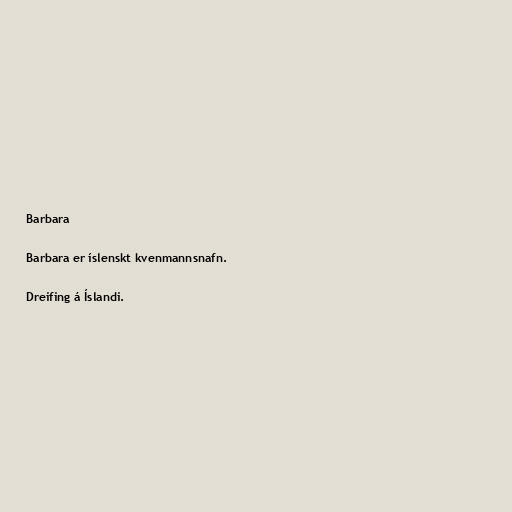
Barbara

Barbara er íslenskt kvenmannsnafn.

Dreifing á Íslandi.